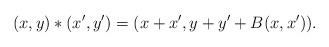
LaTeX: \begin{align*}(x,y)\ast(x',y')=(x+x', y+y'+B(x,x')). \end{align*}